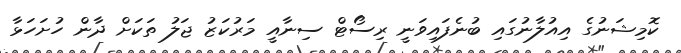
ކޮމިޝަނުގެ އިއުލާނުގައި ބުނެފައިވަނީ ރިސޯޓް ސިނާއީ މަރުކަޒު ޖަލު ތަކަށް ދާން ހުށަހަޅާ